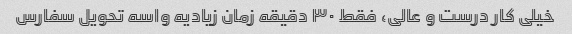
خیلی کار درست و عالی، فقط ۳۰ دقیقه زمان زیادیه واسه تحویل سفارس